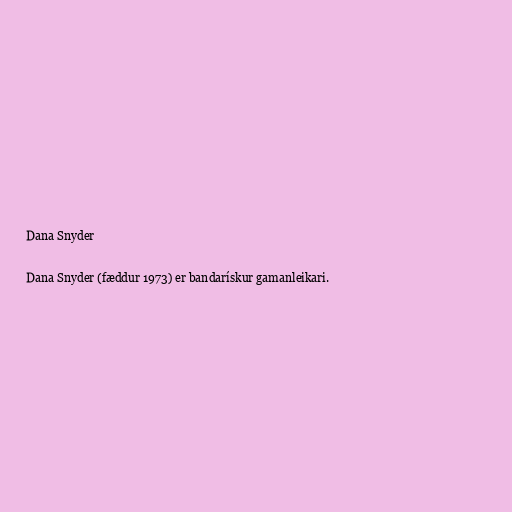
Dana Snyder

Dana Snyder (fæddur 1973) er bandarískur gamanleikari.